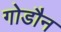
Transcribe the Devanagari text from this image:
गोडौन